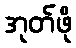
အုတ်ဖို